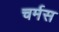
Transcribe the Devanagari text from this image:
चर्मस